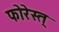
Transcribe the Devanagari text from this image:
फोरेस्त्